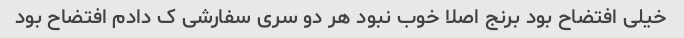
خیلی افتضاح بود برنج اصلا خوب نبود هر دو سری سفارشی ک دادم افتضاح بود